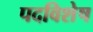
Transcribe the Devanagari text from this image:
पदविशेष